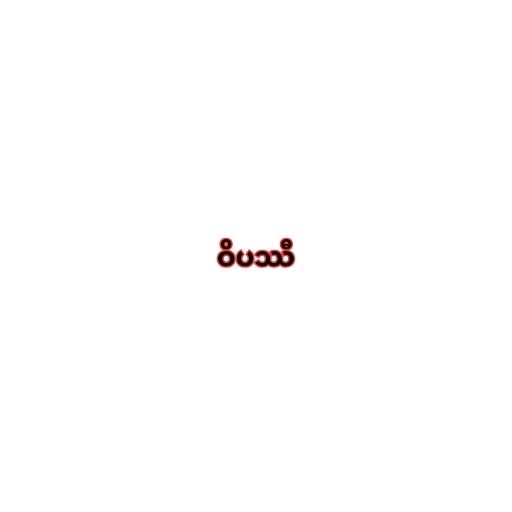
ဝိပဿီ